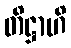
တိဋ္ဌာဟိ